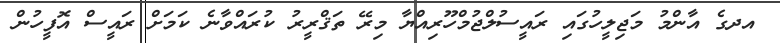
އދގެ އާންމު މަޖިލީހުގައި ރައީސުލްޖުމްހޫރިއްޔާ މިރޭ ތަޤްރީރު ކުރައްވާނެ ކަމަށް ރައީސް އޮފީހުން